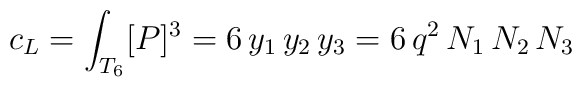
c_{\small L}=\int_{T_6} [P]^3 = 6\, y_1\, y_2\, y_3=6\, q^2\,N_1\,N_2\, N_3